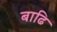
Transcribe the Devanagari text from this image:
बाढि